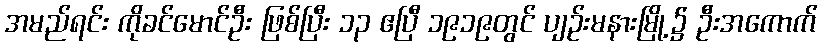
အမည်ရင်း ကိုခင်မောင်ဦး ဖြစ်ပြီး ၁၃ ဧပြီ ၁၉၁၉တွင် ပျဉ်းမနားမြို့၌ ဦးအကောက်